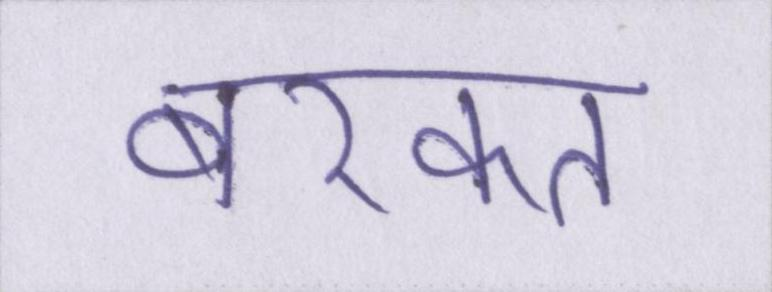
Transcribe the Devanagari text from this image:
बरकत